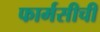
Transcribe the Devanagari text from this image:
फार्मसीची